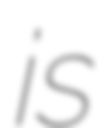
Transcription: is